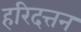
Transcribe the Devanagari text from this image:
हरिदत्तन